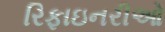
રિફાઇનરીઓ